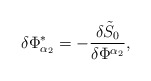
\begin{align*}\delta \Phi _{\alpha _2}^{*}=-\frac{\delta \tilde S_0}{\delta\Phi ^{\alpha _2}},\end{align*}